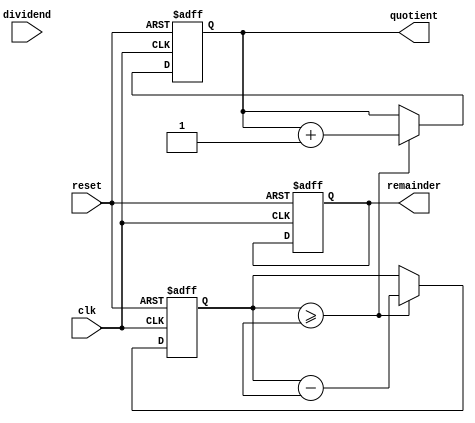
module counter_based_divider (
    input wire clk,
    input wire reset,
    input wire [31:0] dividend,
output reg [31:0] quotient,
output reg [31:0] remainder
);

reg [31:0] counter;
reg [31:0] divisor;

always @ (posedge clk or posedge reset) begin
    if (reset) begin
        counter <= 0;
        quotient <= 0;
        remainder <= 0;
    end else begin
        if (counter >= divisor) begin
            counter <= counter - divisor;
            quotient <= quotient + 1;
        end
    end
end

endmodule